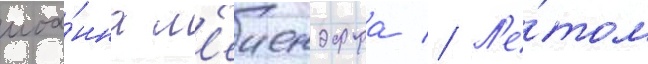
иоа́нна м'еиендорфа // Л'е́том